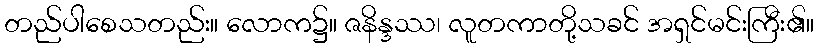
တည်ပါစေသတည်း။ လောက၌။ ဇနိန္ဒဿ၊ လူတကာတို့သခင် အရှင်မင်းကြီး၏။